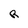
Character: R